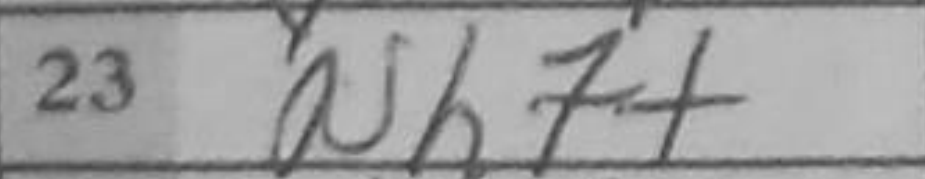
Transcription: Nh7+